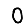
Digit: 0